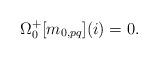
LaTeX: \begin{align*}\Omega^{+}_{0}[m_{0,pq}](i)=0.\end{align*}